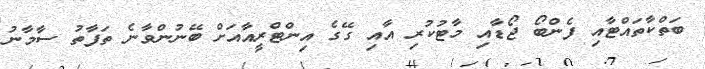
ބަތްކާތައްޓާއި ފެންބޯ ޖޯޑާއި މާޓުކުރި އާއި ގޭގެ އިންޓްރީއާއަށް ބޭނުންވާނެ ތަފާތު ސާމާނު